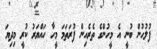
ފުލުހުން ބުނީ އެ މީހުންގެ ތެރެއިން ފުރަތަމަ މީހާ ހައްޔަރު ކުރީ މިދިޔަ